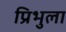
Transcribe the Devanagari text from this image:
प्रिभुला